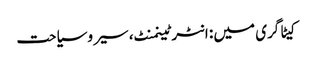
کیٹاگری میں : انٹرٹینمنٹ، سیر و سیاحت